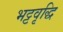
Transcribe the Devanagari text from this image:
भट्टवृद्धि